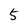
Character: 5